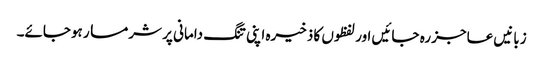
زبانیں عاجز رہ جائیں اور لفظوں کا ذخیرہ اپنی تنگ دامانی پر شرمسار ہوجائے۔